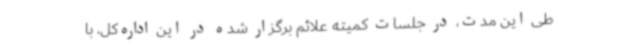
طی این مدت، در جلسات ‌کمیته‌ علائم برگزار شده در این اداره‌کل، با